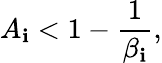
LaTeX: A_{\mathbf{i}}<1-\frac{{1}}{{\beta_{\mathbf{i}}}},